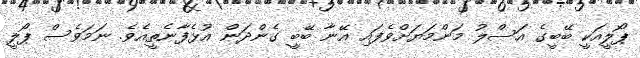
ޕޯލީއަކީ ބޭބީގެ އަސްލު މަންމަޔަށްވެފައި އޭނާ ބޭބީ ގެންދަން އުޅެފާނެތީއެވެ. ނަމަވެސް ޕޯލީ